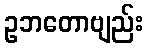
ဥဘတောဗျည်း